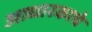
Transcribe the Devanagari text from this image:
आधारकाचे